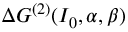
\Delta G ^ { ( 2 ) } ( I _ { 0 } , \alpha , \beta )